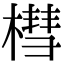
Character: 槥